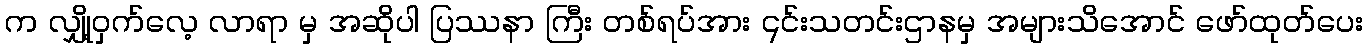
က လျှို့ဝှက်လေ့ လာရာ မှ အဆိုပါ ပြဿနာ ကြီး တစ်ရပ်အား ၎င်းသတင်းဌာနမှ အများသိအောင် ဖော်ထုတ်ပေး